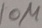
Text: 10µ